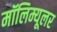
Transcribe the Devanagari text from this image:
मॉलिम्यूलर